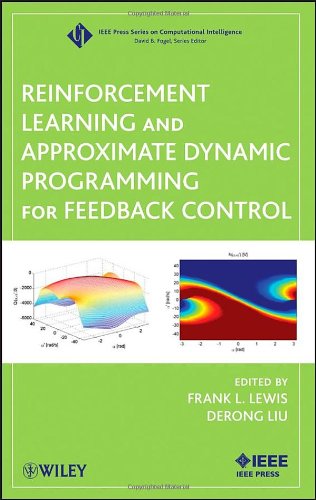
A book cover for Reinforcement Learning and Approximate Dynamic Programming for Feedback Control; Computers & Technology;